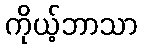
ကိုယ့်ဘာသာ